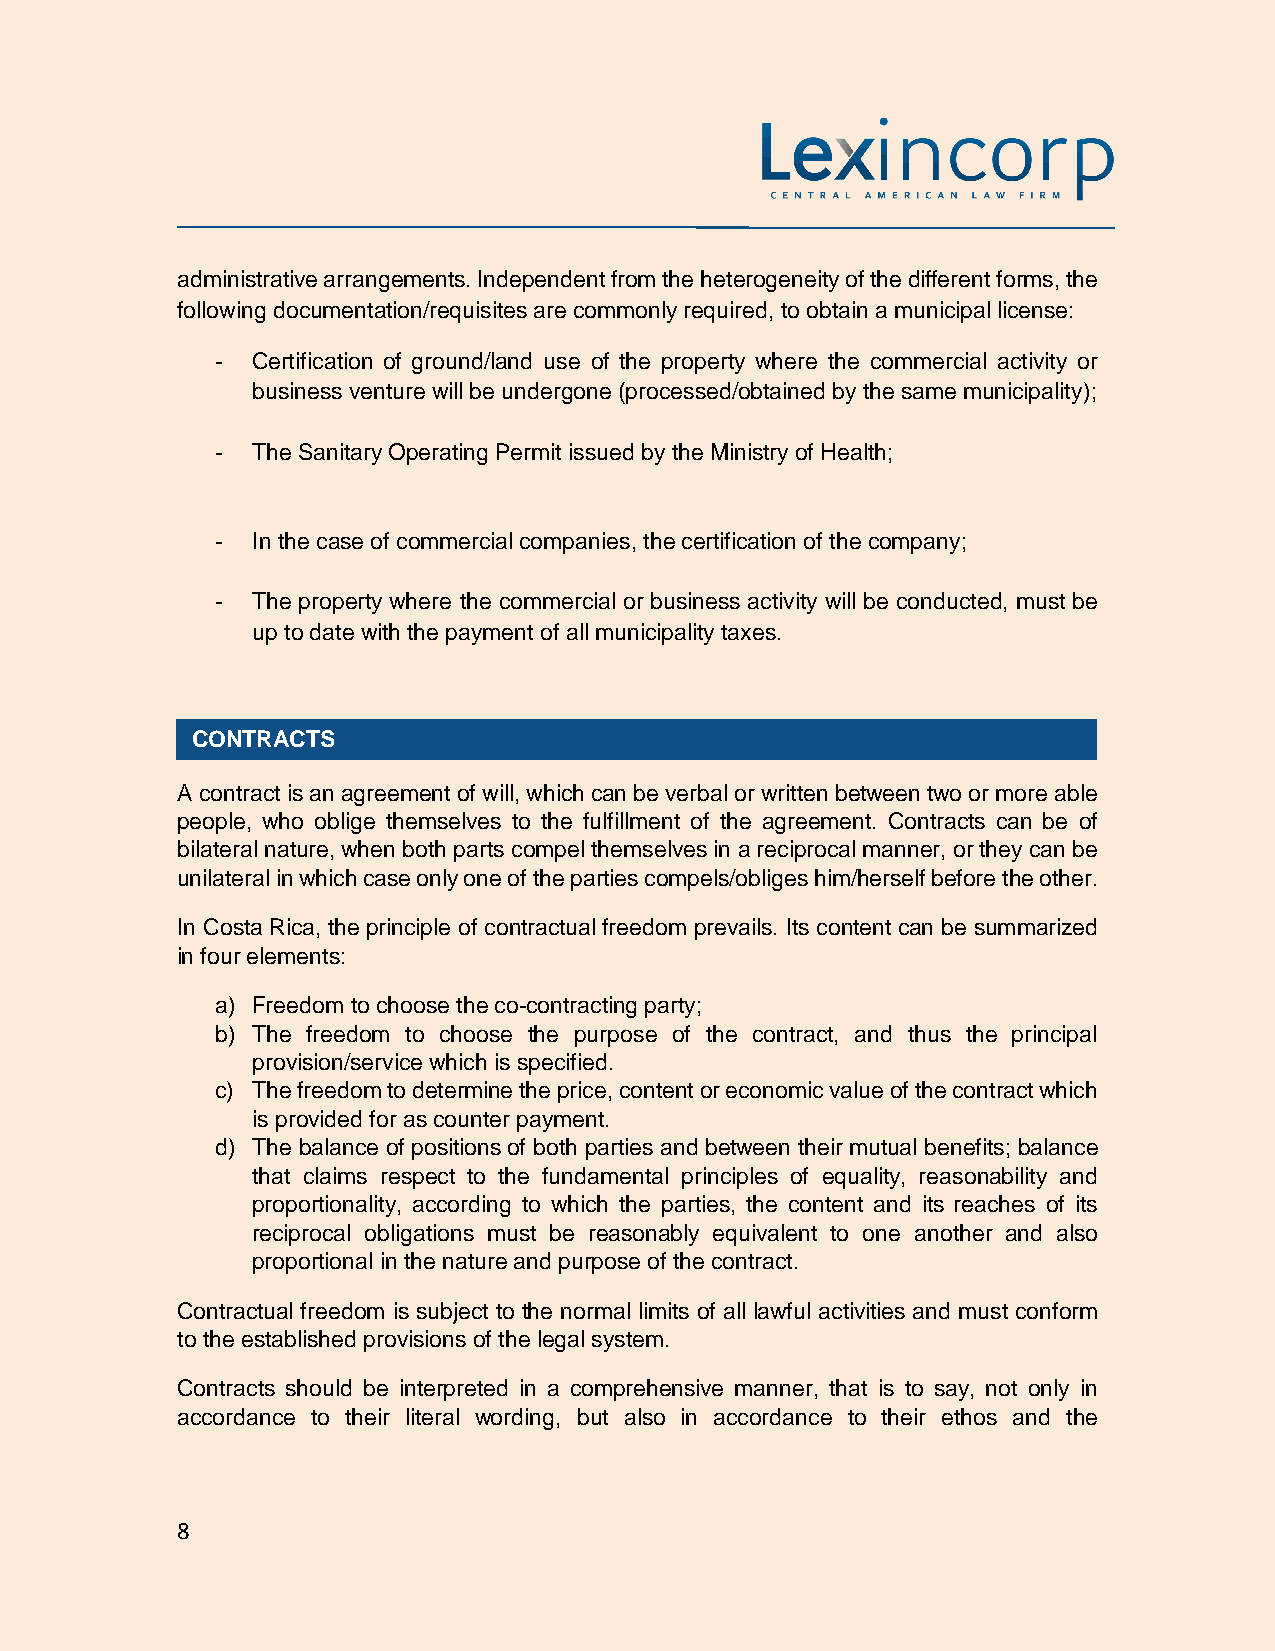
administrative arrangements. Independent from the heterogeneity of the different forms, the
 following documentation/requisites are commonly required, to obtain a municipal license:
 -  Certification of ground/land use of the property where the commercial activity or
 business venture will be undergone (processed/obtained by the same municipality);
 -  The Sanitary Operating Permit issued by the Ministry of Health;
 -  In the case of commercial companies, the certification of the company;
 -  The property where the commercial or business activity will be conducted, must be
 up to date with the payment of all municipality taxes.
 CONTRACTS
 A contract is an agreement of will, which can be verbal or written between two or more able
 people, who oblige themselves to the fulfillment of the agreement. Contracts can be of
 bilateral nature, when both parts compel themselves in a reciprocal manner, or they can be
 unilateral in which case only one of the parties compels/obliges him/herself before the other.
 In Costa Rica, the principle of contractual freedom prevails. Its content can be summarized
 in four elements:
 a) Freedom to choose the co-contracting party;
 b) The freedom to choose the purpose of the contract, and thus the principal
 provision/service which is specified.
 c) The freedom to determine the price, content or economic value of the contract which
 is provided for as counter payment.
 d) The balance of positions of both parties and between their mutual benefits; balance
 that claims respect to the fundamental principles of equality, reasonability and
 proportionality, according to which the parties, the content and its reaches of its
 reciprocal obligations must be reasonably equivalent to one another and also
 proportional in the nature and purpose of the contract.
 Contractual freedom is subject to the normal limits of all lawful activities and must conform
 to the established provisions of the legal system.
 Contracts should be interpreted in a comprehensive manner, that is to say, not only in
 accordance to their literal wording, but also in accordance to their ethos and the
 8